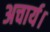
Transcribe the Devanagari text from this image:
अचार्य।